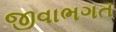
જીવાભગત